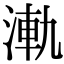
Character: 𣷾